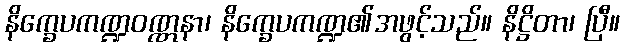
နိက္ခေပကဏ္ဍဝဏ္ဏနာ၊ နိက္ခေပကဏ္ဍ၏အဖွင့်သည်။ နိဋ္ဌိတာ၊ ပြီ။